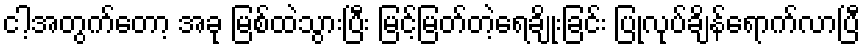
ငါ့အတွက်တော့ အခု မြစ်ထဲသွားပြီး မြင့်မြတ်တဲ့ရေချိုးခြင်း ပြုလုပ်ချိန်ရောက်လာပြီ